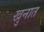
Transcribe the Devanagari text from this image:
खुनात